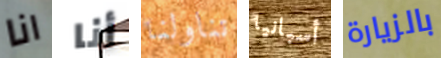
انا أنا تناولنا أسبانيا بالزيارة